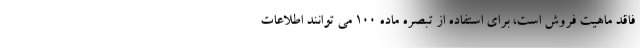
فاقد ماهیت فروش است، برای استفاده از تبصره ماده 100 می توانند اطلاعات